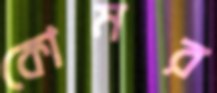
কোমর